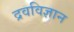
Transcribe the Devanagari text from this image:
द्रवविज्ञान